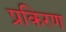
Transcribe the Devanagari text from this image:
प्रकिरण